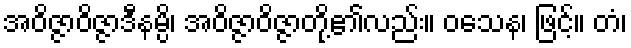
အဝိဇ္ဇာဝိဇ္ဇာဒီနမ္ပိ၊ အဝိဇ္ဇာဝိဇ္ဇာတို့၏လည်း။ ဝသေန၊ ဖြင့်။ တံ၊